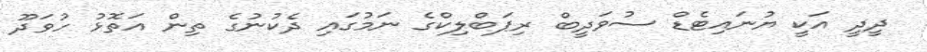
ދީދީ އަކީ ޔުނައިޓެޑް ސުވަދީބް ރިޕަބްލިކްގެ ނަމުގައި ދެކުނުގެ ތިން އަތޮޅު ހުވަދޫ